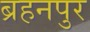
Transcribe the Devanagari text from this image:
ब्रहनपुर